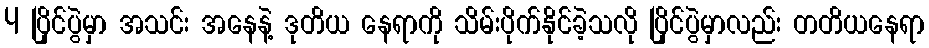
4 ပြိုင်ပွဲမှာ အသင်း အနေနဲ့ ဒုတိယ နေရာကို သိမ်းပိုက်နိုင်ခဲ့သလို ပြိုင်ပွဲမှာလည်း တတိယနေရာ